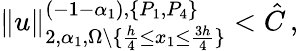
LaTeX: \| u\| _{2,\alpha_{1},\Omega\setminus\{ \frac{h}{4}\leq x_{1}\leq\frac{3h}{4}\} }^{(-1-\alpha_{1}),\{ P_{1},P_{4}\} }<\hat{C}\, ,